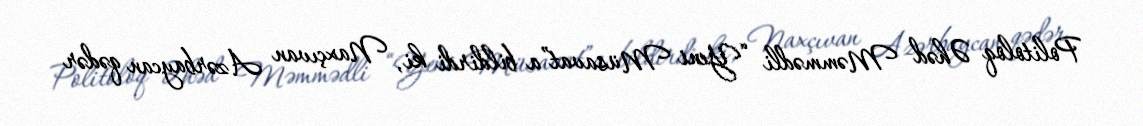
Politoloq Əhəd Məmmədli “Yeni Müsavat”a bildirdi ki, Naxçıvan Azərbaycan qədər